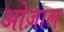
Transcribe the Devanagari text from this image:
ओज़ाल